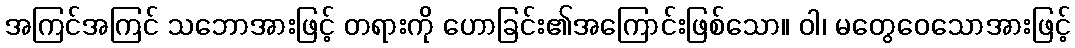
အကြင်အကြင် သဘောအားဖြင့် တရားကို ဟောခြင်း၏အကြောင်းဖြစ်သော။ ဝါ၊ မတွေဝေသောအားဖြင့်